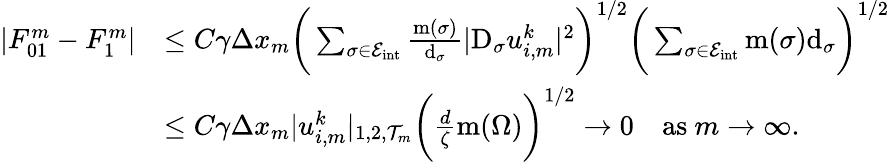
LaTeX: \begin{array}{rl}{|F_{01}^{m}-F_{1}^{m}|}&{\le C\gamma\Delta x_{m}\bigg(\sum_{\sigma\in{\mathcal E}_{\mathrm{int}}}\frac{\operatorname{m}(\sigma)}{{\operatorname{d}}_{\sigma}}|\mathrm{D}_{\sigma}u_{i,m}^{k}|^{2}\bigg)^{1/2}\bigg(\sum_{\sigma\in{\mathcal E}_{\mathrm{int}}}\operatorname{m}(\sigma){\operatorname{d}}_{\sigma}\bigg)^{1/2}}\\ &{\le C\gamma\Delta x_{m}|u_{i,m}^{k}|_{1,2,{\mathcal T}_{m}}\bigg(\frac{d}{\zeta}\operatorname{m}(\Omega)\bigg)^{1/2}\to 0\quad\mathrm{as~}m\to\infty.}\end{array}